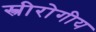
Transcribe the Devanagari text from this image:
स्त्रीरोगीय